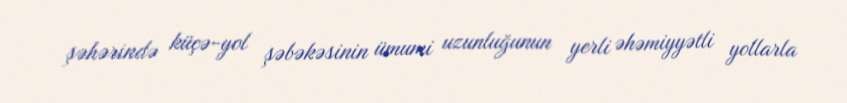
şəhərində küçə-yol şəbəkəsinin ümumi uzunluğunun yerli əhəmiyyətli yollarla